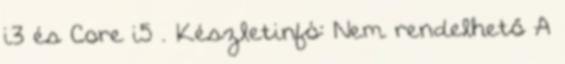
i3 és Core i5 . Készletinfó: Nem rendelhető A